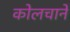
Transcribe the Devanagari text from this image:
कोलचाने